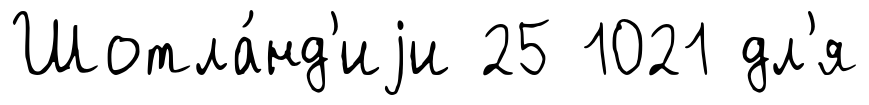
Шотла́нд'иjи 25 1021 дл'я